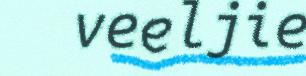
veeljie